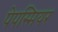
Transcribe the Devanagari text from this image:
पेपस्मियर